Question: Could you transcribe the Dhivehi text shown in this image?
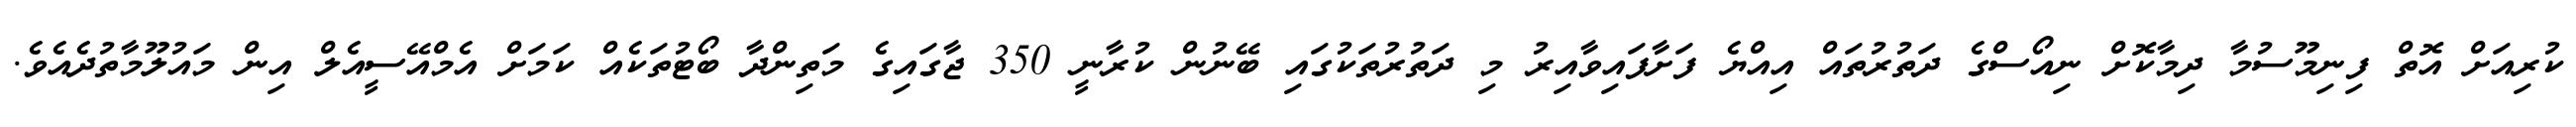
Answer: ކުރިއަށް އޮތް ފިނިމޫސުމާ ދިމާކޮށް ނިއޯސްގެ ދަތުރުތައް އިއްޔެ ފަށާފައިވާއިރު މި ދަތުރުތަކުގައި ބޭނުން ކުރާނީ 350 ޖާގައިގެ މަތިންދާ ބޯޓުތަކެއް ކަމަށް އެމްއޭސީއެލް އިން މައުލޫމާތުދެއެވެ.